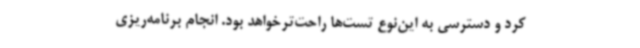
کرد و دسترسی به این‌نوع تست‌ها راحت‌ترخواهد بود. انجام برنامه‌ریزی